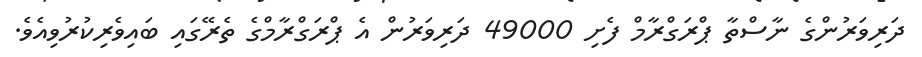
ދަރިވަރުންގެ ނާސްތާ ޕްރަގްރާމް ފެށި 49000 ދަރިވަރުން އެ ޕްރަގްރާމްގެ ތެރޭގައި ބައިވެރިކުރުވިއެވެ.